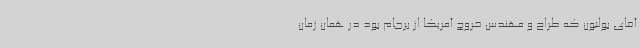
آقای بولتون که طراح و مهندس خروج آمریکا از برجام بود در همان زمان